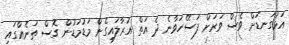
އަޅުގަނޑަށް ވެސް ވަރަށް ފަސޭހަވާނެ ދެ އަތް އުރާލައިގެން މަޑުމަޑުން ގޮސް ތަނެއްގައި